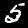
Digit: 5